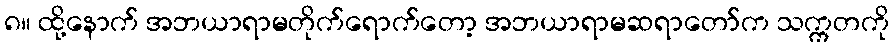
၈။ ထို့နောက် အဘယာရာမတိုက်ရောက်တော့ အဘယာရာမဆရာတော်က သက္ကတကို